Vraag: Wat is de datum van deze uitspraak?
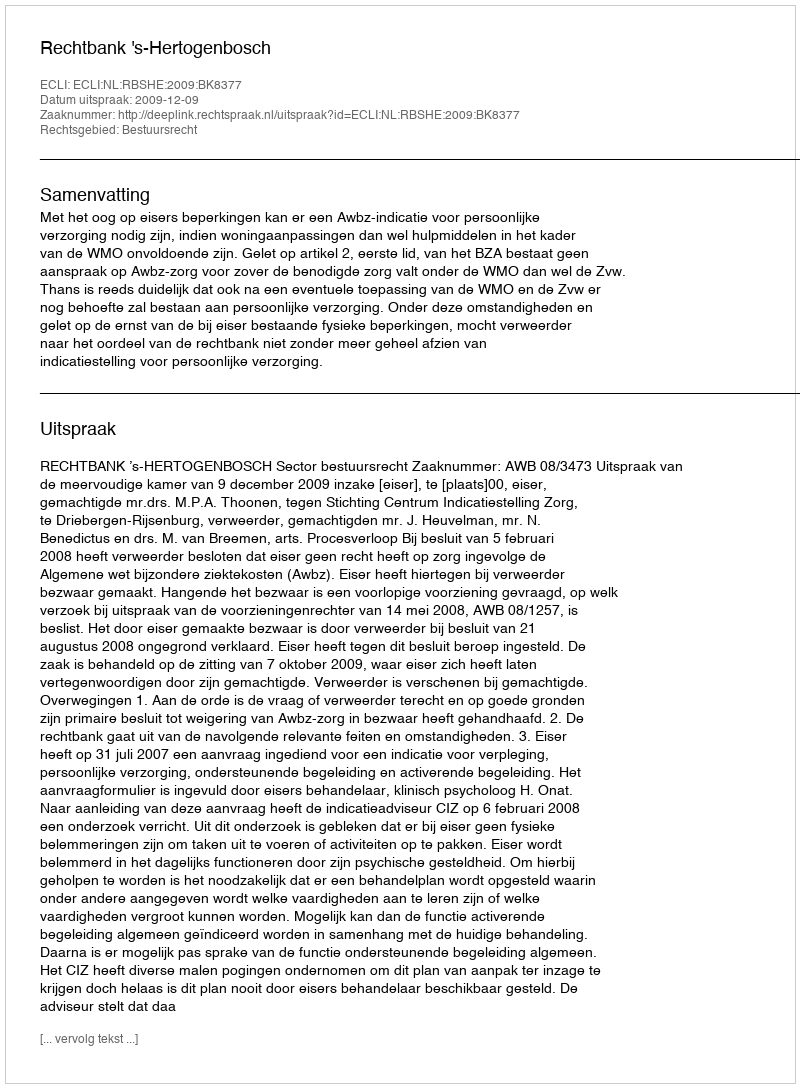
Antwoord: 2009-12-09